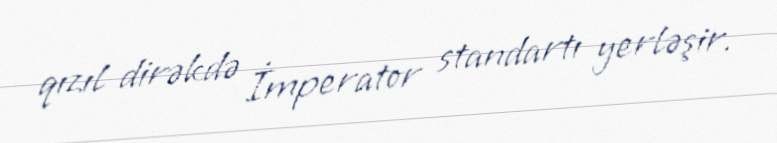
qızıl dirəkdə İmperator standartı yerləşir.